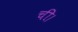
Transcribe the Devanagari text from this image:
ची।